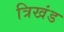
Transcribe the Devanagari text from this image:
त्रिखंड